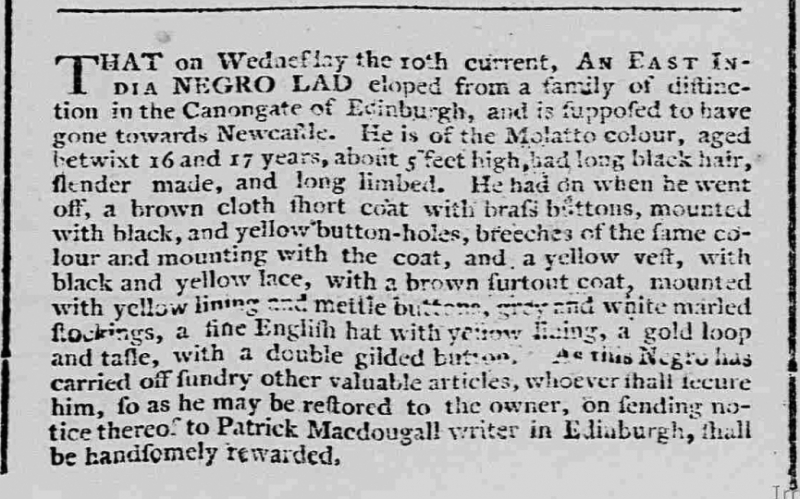
Caledonian Mercury, 15 March 1773 (Scotland)
That on Wednesday the 10th current, AN EAST INDIA NEGRO LAD eloped from a family of distinction in the Canongate of Edinburgh, and is supposed to have gone towards Newcastle. He is of the Molatto colour, aged betwixt 16 and 17 years, about 5 feet high, had long black hair, slender made, and long limbed. He had on when he went off, a brown cloth short coat with brass buttons, mounted with black, and yellow button-holes, breeches of the same colour and mounting with the coat, and a yellow vest, with black and yellow lace, with a brown surtout coat, mounted with yellow lining and mettle buttons, grey and white marled stockings, a fine English hat with yellow lining, a gold loop and tasle, with a double gilded button. As this Negro has carried off sundry other valuable articles, whoever shall secure him, so as he may be restored to the owner, on sending notice thereof to Patrick Macdougall writer in Edinburgh, shall be handsomely rewarded.